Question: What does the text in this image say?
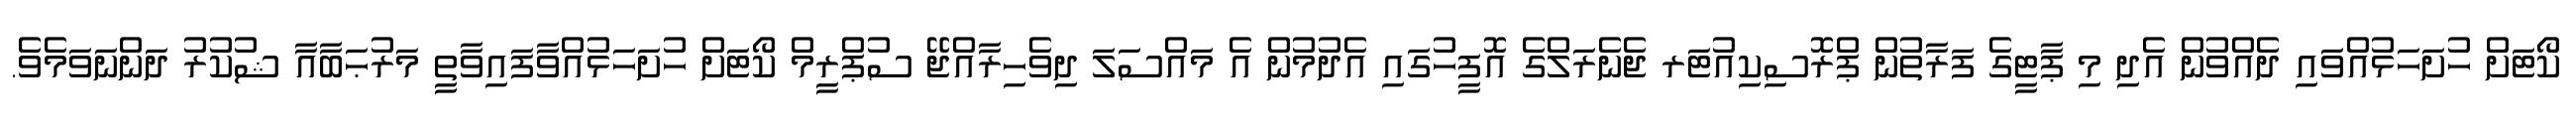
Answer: ކޯޓަށް ހުށަހަޅުއްވައި ދެއްވުން އެދި މި ޕާޓީގެ ފަރާތުން ޕްރޮސިކިއުޓަރ ޖެނެރަލްގެ އޮފީހުގައި އެދުމުން އެ މައްސަލަ ދިވެހިރާއްޖޭ ސުޕްރީމް ކޯޓަށް ހުށަހަޅުއްވާފައިވާތީ މަރުޙަބާއާ ޝުކުރު ދަންނަވަމެވެ.